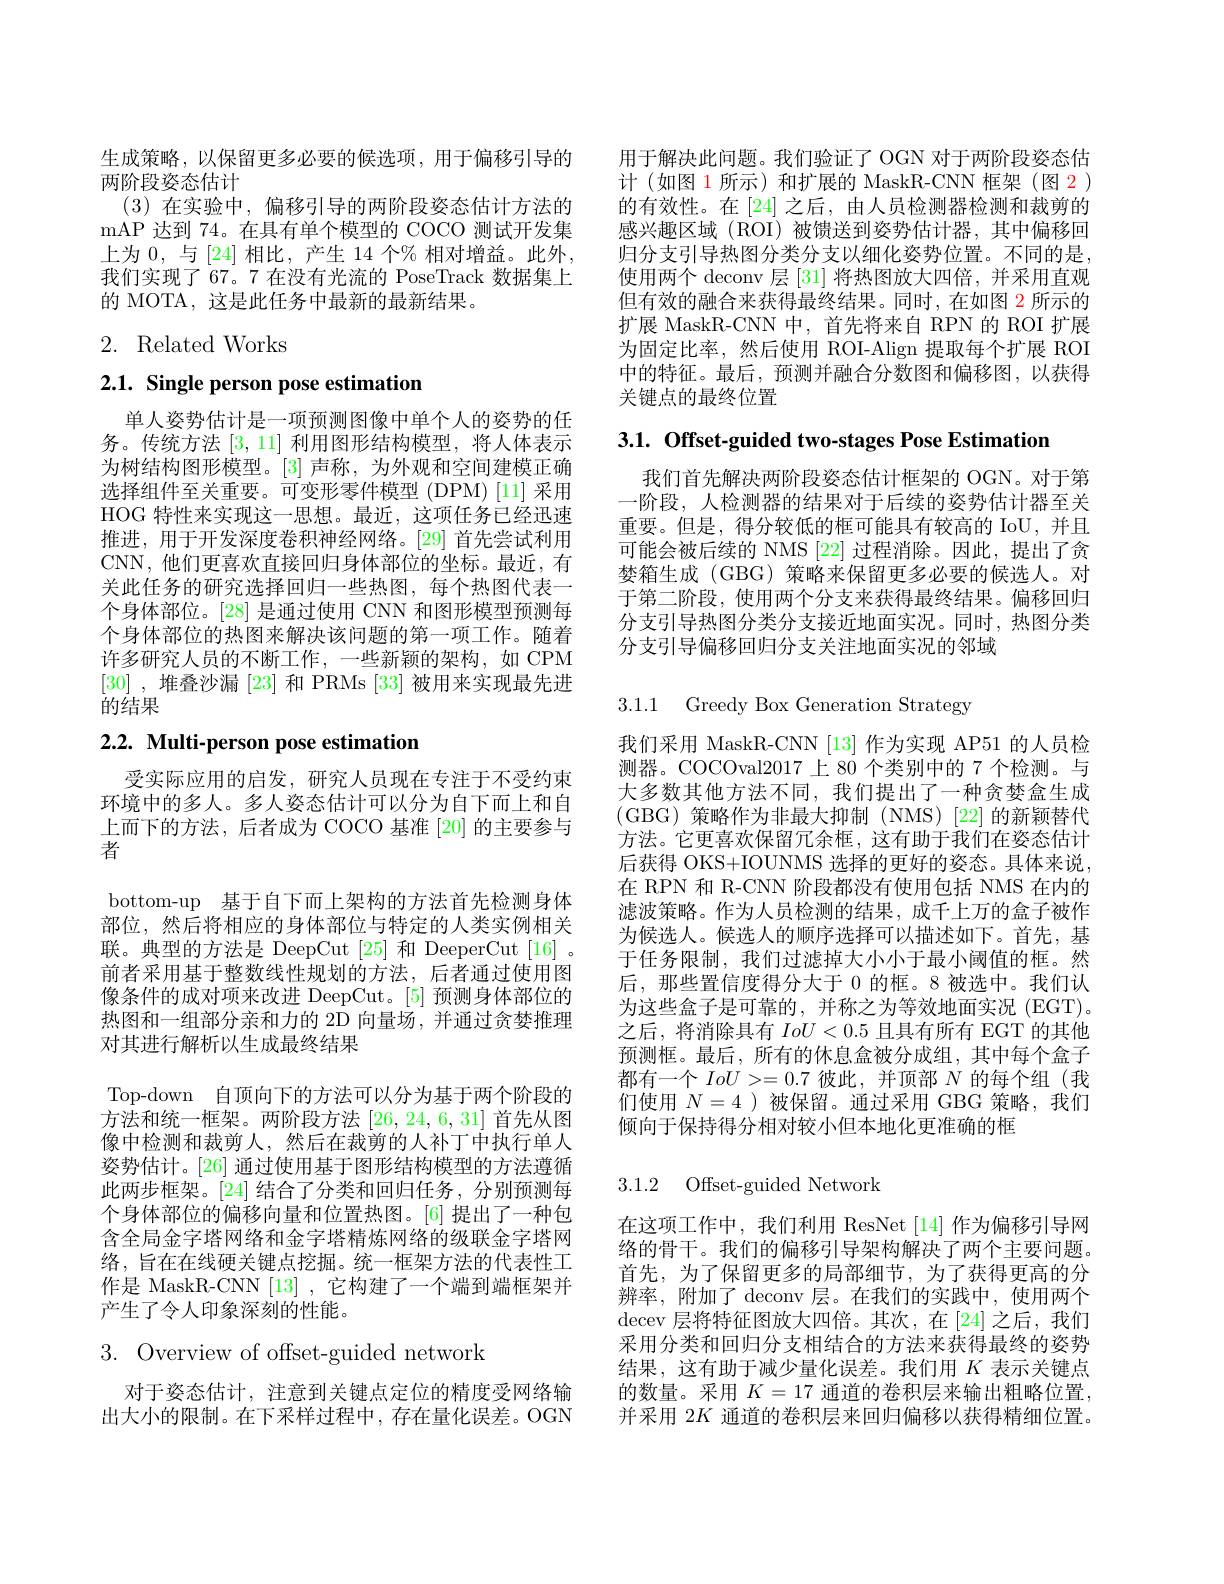
生成策略，以保留更多必要的候选项，用于偏移引导的
两阶段姿态估计
(3)在实验中，偏移引导的两阶段姿态估计方法的mAP 达到 74。在具有单个模型的 COCO 测试开发集上为 0, 与 [24] 相比，产生 14 个% 相对增益。此外， 我们实现了 67。7 在没有光流的 PoseTrack 数据集上的 MOTA, 这是此任务中最新的最新结果。

# 2. Related Works

# 2.1. Single person pose estimation

单人姿势估计是一项预测图像中单个人的姿势的任务。传统方法[3,11]利用图形结构模型，将人体表示为树结构图形模型。[3] 声称，为外观和空间建模正确选择组件至关重要。可变形零件模型(DPM)[11] 采用HOG 特性来实现这一思想。最近，这项任务已经迅速推进，用于开发深度卷积神经网络。[29] 首先尝试利用CNN,他们更喜欢直接回归身体部位的坐标。最近，有关此任务的研究选择回归一些热图，每个热图代表一个身体部位。[28] 是通过使用 CNN 和图形模型预测每个身体部位的热图来解决该问题的第一项工作。随着许多研究人员的不断工作，一些新颖的架构，如 CPM [30] ,堆叠沙漏 [23] 和 PRMs [33] 被用来实现最先进的结果

# 2.2. Multi-person pose estimation

受实际应用的启发，研究人员现在专注于不受约束环境中的多人。多人姿态估计可以分为自下而上和自上而下的方法，后者成为 COCO 基准 [20] 的主要参与者
bottom-up 基于自下而上架构的方法首先检测身体部位，然后将相应的身体部位与特定的人类实例相关联。典型的方法是 DeepCut[25] 和 DeeperCut[16] 。前者采用基于整数线性规划的方法，后者通过使用图像条件的成对项来改进 DeepCut。[5] 预测身体部位的热图和一组部分亲和力的 2D 向量场，并通过贪婪推理对其进行解析以生成最终结果
Top-down 自顶向下的方法可以分为基于两个阶段的方法和统一框架。两阶段方法[26,24,6,31]首先从图像中检测和裁剪人，然后在裁剪的人补丁中执行单人姿势估计。[26] 通过使用基于图形结构模型的方法遵循此两步框架。[24] 结合了分类和回归任务，分别预测每个身体部位的偏移向量和位置热图。[6] 提出了一种包含全局金字塔网络和金字塔精炼网络的级联金字塔网络，旨在在线硬关键点挖掘。统一框架方法的代表性工作是 MaskR-CNN [13] ,它构建了一个端到端框架并产生了令人印象深刻的性能。

# 3. Overview of offset-guided network

对于姿态估计，注意到关键点定位的精度受网络输出大小的限制。在下采样过程中，存在量化误差。OGN

用于解决此问题。我们验证了 OGN 对于两阶段姿态估计(如图 1 所示) 和扩展的 MaskR-CNN 框架(图 2 ) 的有效性。在[24] 之后，由人员检测器检测和裁剪的感兴趣区域 (ROI)被馈送到姿势估计器，其中偏移回归分支引导热图分类分支以细化姿势位置。不同的是， 使用两个 deconv 层[31]将热图放大四倍，并采用直观但有效的融合来获得最终结果。同时，在如图 2 所示的扩展 MaskR-CNN 中，首先将来自 RPN 的 ROI 扩展为固定比率，然后使用 ROI-Align 提取每个扩展 ROI 中的特征。最后，预测并融合分数图和偏移图，以获得关键点的最终位置

3.1. Offset-guided two-stages Pose Estimation

我们首先解决两阶段姿态估计框架的 OGN。对于第一阶段，人检测器的结果对于后续的姿势估计器至关重要。但是，得分较低的框可能具有较高的 IoU, 并且可能会被后续的 NMS [22] 过程消除。因此，提出了贪婪箱生成 (GBG) 策略来保留更多必要的候选人。对于第二阶段，使用两个分支来获得最终结果。偏移回归分支引导热图分类分支接近地面实况。同时，热图分类分支引导偏移回归分支关注地面实况的邻域

3.1.1 Greedy Box Generation Strategy

我们采用 MaskR-CNN [13] 作为实现 AP51 的人员检测器。COCOval2017上 80 个类别中的 7 个检测。与大多数其他方法不同，我们提出了一种贪婪盒生成(GBG)策略作为非最大抑制 (NMS)[22]的新颖替代方法。它更喜欢保留冗余框，这有助于我们在姿态估计后获得 OKS+IOUNMS 选择的更好的姿态。具体来说， 在 RPN 和 R-CNN 阶段都没有使用包括 NMS 在内的滤波策略。作为人员检测的结果，成千上万的盒子被作为候选人。候选人的顺序选择可以描述如下。首先，基于任务限制，我们过滤掉大小小于最小阈值的框。然后，那些置信度得分大于 0 的框。8 被选中。我们认为这些盒子是可靠的，并称之为等效地面实况 (EGT)。之后，将消除具有$IoU<0.5$且具有所有 EGT 的其他预测框。最后，所有的休息盒被分成组，其中每个盒子都有一个$IoU>=0.7$彼此，并顶部$N$的每个组(我们使用$N=4$ )被保留。通过采用 GBG 策略，我们倾向于保持得分相对较小但本地化更准确的框

### 3.1.2 Offset-guided Network

在这项工作中，我们利用 ResNet[14] 作为偏移引导网络的骨干。我们的偏移引导架构解决了两个主要问题。首先，为了保留更多的局部细节，为了获得更高的分辨率，附加了 deconv 层。在我们的实践中，使用两个decev 层将特征图放大四倍。其次，在[24]之后，我们采用分类和回归分支相结合的方法来获得最终的姿势结果，这有助于减少量化误差。我们用$K$表示关键点的数量。采用$K=17$通道的卷积层来输出粗略位置， 并采用 2$K$通道的卷积层来回归偏移以获得精细位置。